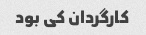
کارگردان کی بود